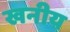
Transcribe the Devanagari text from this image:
खनीय